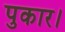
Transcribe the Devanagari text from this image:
पुकार।